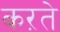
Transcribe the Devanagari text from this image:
कऱते